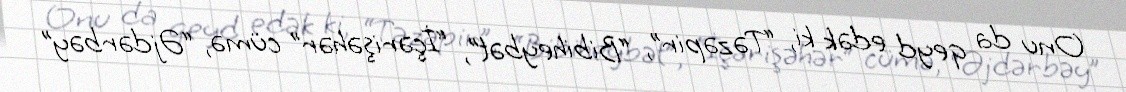
Onu da qeyd edək ki, “Təzəpir”, “Bibiheybət”, “İçərişəhər” cümə, “Əjdərbəy”